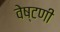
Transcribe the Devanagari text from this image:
वेष्टणी